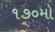
૧૭૦મો